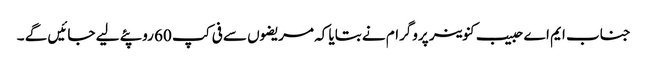
جناب ایم اے حبیب کنوینر پروگرام نے بتایا کہ مریضوں سے فی کپ 60 روپئے لیے جائیں گے ۔